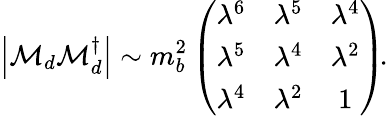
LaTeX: \left|{\mathcal M}_{d}{\mathcal M}_{d}^{\dagger}\right|\sim m_{b}^{2}\left(\begin{array}{ccc}{{\lambda^{6}}}&{{\lambda^{5}}}&{{\lambda^{4}}}\\ {{\lambda^{5}}}&{{\lambda^{4}}}&{{\lambda^{2}}}\\ {{\lambda^{4}}}&{{\lambda^{2}}}&{{1}}\end{array}\right)\! .